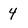
Character: 4